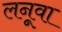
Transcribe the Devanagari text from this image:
लनूवा